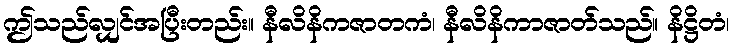
ဤသည်လျှင်အပြီးတည်း။ နီလိနိကဇာတကံ၊ နီလိနိကာဇာတ်သည်။ နိဋ္ဌိတံ၊